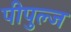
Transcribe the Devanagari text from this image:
पीपुल्ज